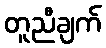
တူညီချက်